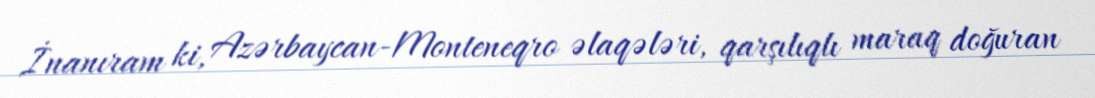
İnanıram ki, Azərbaycan-Monteneqro əlaqələri, qarşılıqlı maraq doğuran